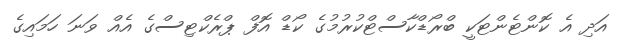
އަދި އެ ކޮންޓެންޓަކީ ބްރޯޑްކާސްޓްކުރުމުގެ ކޯޑް އޮފް ޕްރެކްޓިސްގެ އެއް ވަނަ ހަމައިގެ